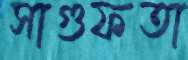
সাগুফতা